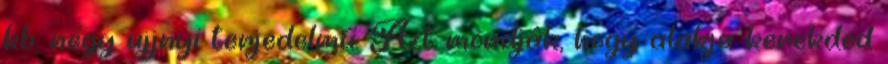
kb. négy ujjnyi terjedelmű. Azt mondják, hogy alakja kerekded